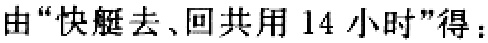
由“快艇去、回共用 14 小时”得：